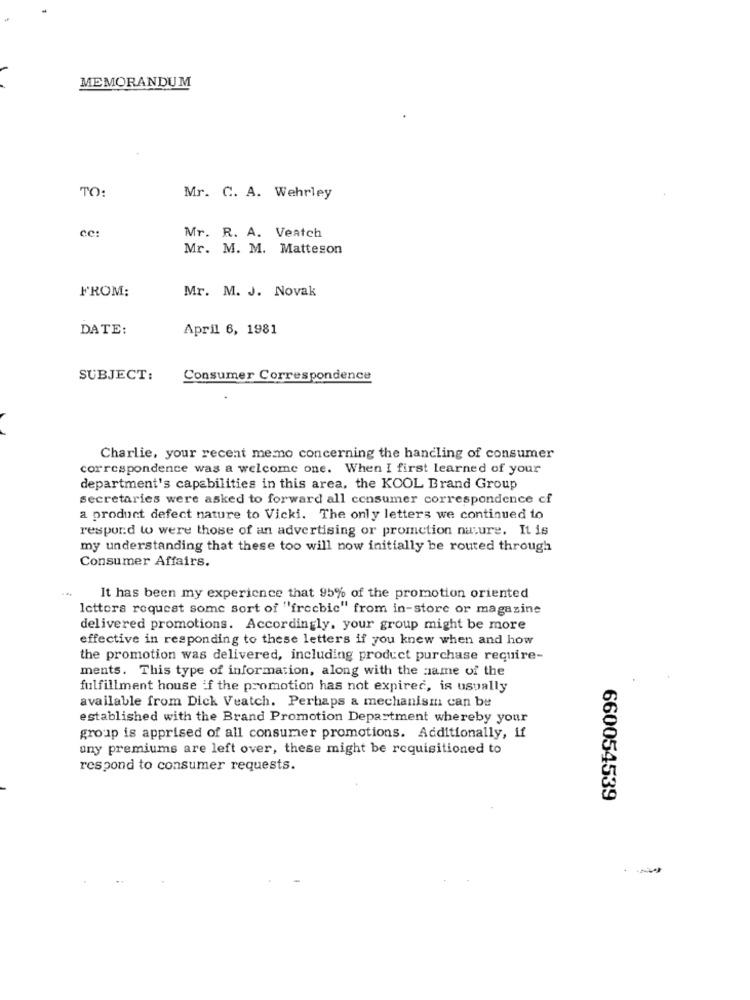
MEMORANDUM
TO:
Mr. C. A. Wehrley
cc:
Mr. R. A. Veatch
Mr. M. M. Matteson
Mr. M. J. Novak
FROM:
DATE:
April 6, 1981
SUBJECT:
Consumer Correspondence
Charlie, your recent memo concerning the handling of consumer
correspondence was a welcome one. When I first learned of your
department's capabilities in this area, the KOOL Brand Group
secretaries were asked to forward all consumer correspondence cf
a product defect nature to Vicki. The only letters we continued to
respond wo were those of an advertising or promction nature. It is
my understanding that these too will now initially be routed through
Consumer Affairs.
It has been my experience that 95% of the promotion oriented
letters request some sort of "freebic" from in-store or magazine
delivered promotions. Accordingly, your group might be more
effective in responding to these letters if you knew when and how
the promotion was delivered, including product purchase require-
ments. This type of information, along with the name of the
fulfillment house :f the promotion has not expired, is usually
available from Dick Veatch. Perhaps a mechanism can be
established with the Brand Promotion Department whereby your
group is apprised of all consumer promotions. Additionally, if
ony premiums are left over, these might be requisitioned to
respond to consumer requests.
660054539